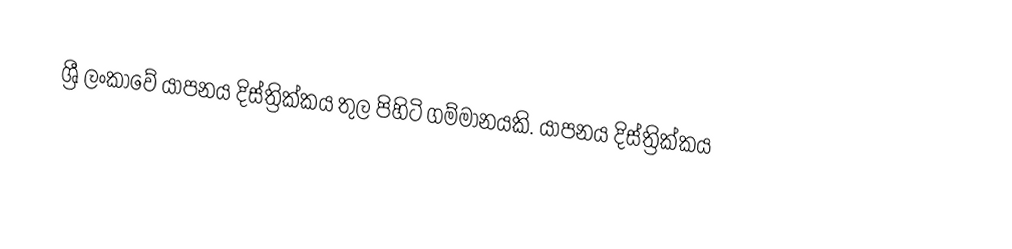
ශ්‍රී ලංකාවේ යාපනය දිස්ත්‍රික්කය තුල පිහිටි ගම්මානයකි.   යාපනය දිස්ත්‍රික්කය